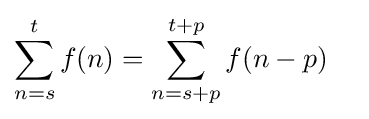
\sum _{n=s}^{t}f(n)=\sum _{n=s+p}^{t+p}f(n-p)\quad